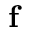
{ \bf f }